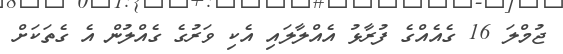
ޖުމްލަ 16 ގެއެއްގެ ފުރާޅު އެއްލާލައި އެކި ވަރުގެ ގެއްލުން އެ ގެތަކަށް